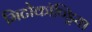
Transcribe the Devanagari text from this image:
मिटोकॉण्ड्रिया